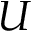
U